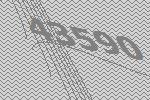
43590